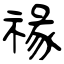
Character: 禒